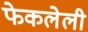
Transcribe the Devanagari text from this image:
फेकलेली